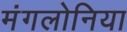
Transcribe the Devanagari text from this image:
मंगलोनिया